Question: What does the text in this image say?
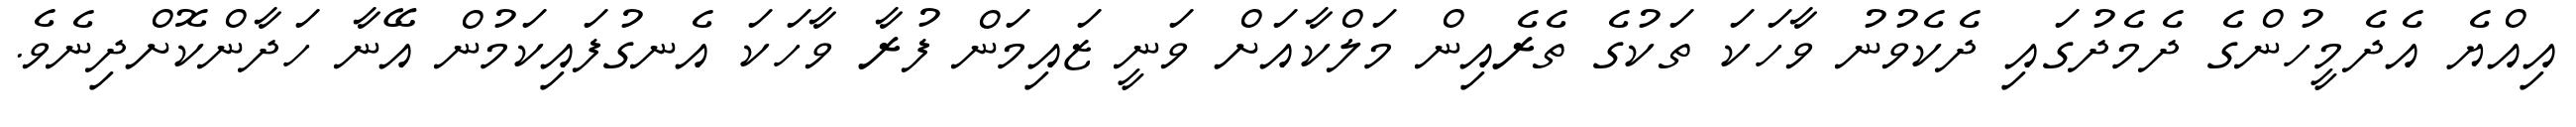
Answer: އިއްޔެ އެދެމީހުންގެ ދެމެދުގައި ދެކެވުނު ވާހަކަ ތަކުގެ ތެރެއިން މަލްކާއަށް ވަނީ ޒައިމަން ފުރާ ވާހަކަ އެނގުފައިކަމުން އޭނާ ހަދާންކޮށްދިނެވެ.